Elephants and their diseases
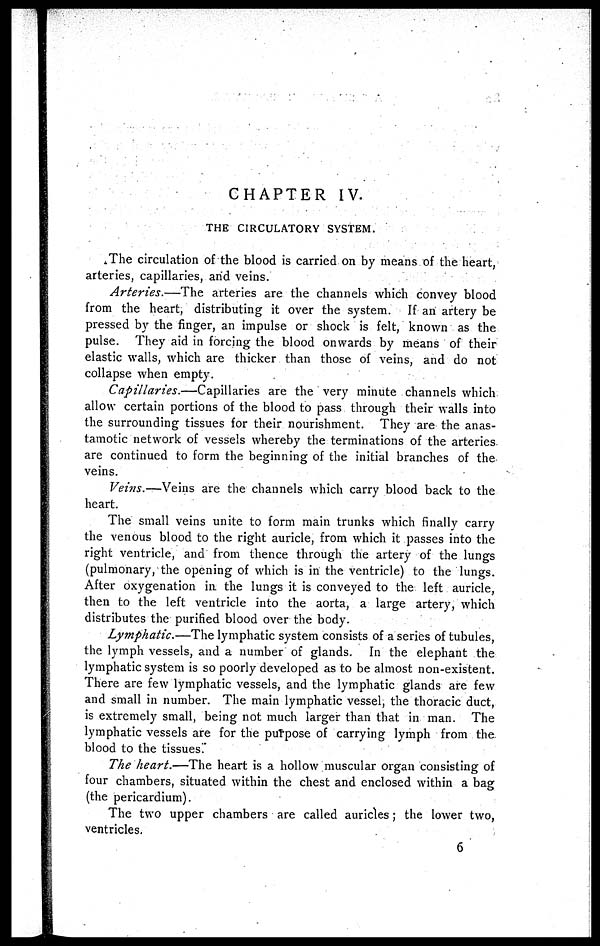
CHAPTER IV.
THE CIRCULATORY SYSTEM.
The circulation of the blood is carried on by means of the heart,
arteries, capillaries, and veins.
Arteries.—The
arteries are the channels which convey blood
from the heart, distributing it over the system. If an artery be
pressed by the finger, an impulse or shock is felt, known as the
pulse. They aid in forcing the blood onwards by means of their
elastic walls, which are thicker than those of veins, and do not
collapse when empty.
Capillaries.—Capillaries
are the very minute channels which
allow certain portions of the blood to pass through their walls into
the surrounding tissues for their nourishment. They are the anas-
tamotic network of vessels whereby the terminations of the arteries
are continued to form the beginning of the initial branches of the
veins.
Veins.— Veins are the channels which carry blood back to the
heart.
The small veins unite to form main trunks which finally carry
the venous blood to the right auricle, from which it passes into the
right ventricle, and from thence through the artery of the lungs
(pulmonary, the opening of which is in the ventricle) to the lungs.
After oxygenation in the lungs it is conveyed to the left auricle,
then to the left ventricle into the aorta, a large artery, which
distributes the purified blood over the body.
Lymphatic.—The lymphatic system consists of a series of tubules,
the lymph vessels, and a number of glands. In the elephant the
lymphatic system is so poorly developed as to be almost non-existent.
There are few lymphatic vessels, and the lymphatic glands are few
and small in number. The main lymphatic vessel, the thoracic duct,
is extremely small, being not much larger than that in man. The
lymphatic vessels are for the purpose of carrying lymph from the
blood to the tissues.
The heart.—The heart is a hollow muscular organ consisting of
four chambers, situated within the chest and enclosed within a bag
(the pericardium).
The two upper chambers are called auricles; the lower two,
ventricles.
6